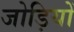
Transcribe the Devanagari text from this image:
जोड़ियों